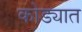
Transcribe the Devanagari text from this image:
कोड्यात